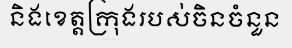
និងខេត្តក្រុងរបស់ចិនចំនួន